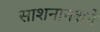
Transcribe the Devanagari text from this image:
साशनानशने